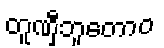
တူဏှီဘူတောဝ